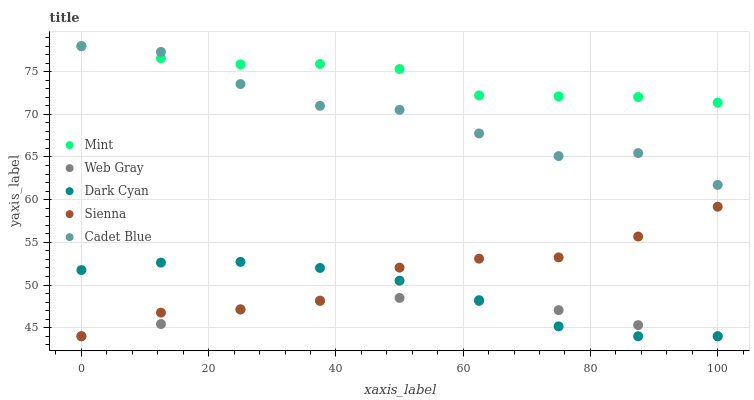
| xaxis_label | Mint | Web Gray | Dark Cyan | Sienna | Cadet Blue |
 | --- | --- | --- | --- | --- | --- |
 | 0 | 78 | 44 | 51.8 | 44 | 78 |
 | 12.5 | 76.6 | 45.4 | 52.6 | 46.8 | 77.3 |
 | 25 | 75.9 | 47.1 | 52.7 | 47.1 | 73.5 |
 | 37.5 | 75.9 | 48.2 | 52 | 48.2 | 71 |
 | 50 | 75.3 | 48.5 | 50.5 | 52 | 70.5 |
 | 62.5 | 72.2 | 48.1 | 48.2 | 53.1 | 67.8 |
 | 75 | 72.1 | 47.1 | 45.2 | 53.2 | 65.1 |
 | 87.5 | 72 | 45.3 | 44 | 55.7 | 65.5 |
 | 100 | 71.4 | 44 | 44 | 59.2 | 61.7 |